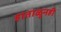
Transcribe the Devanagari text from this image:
हाताळूनही